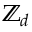
\mathbb { Z } _ { d }